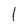
Character: 1